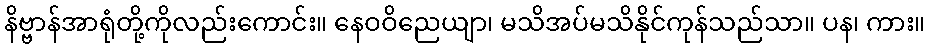
နိဗ္ဗာန်အာရုံတို့ကိုလည်းကောင်း။ နေဝဝိညေယျာ၊ မသိအပ်မသိနိုင်ကုန်သည်သာ။ ပန၊ ကား။